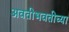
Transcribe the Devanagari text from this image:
अवतीभवतीच्या